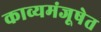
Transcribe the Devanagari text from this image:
काव्यमंजूषेत